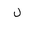
Letter: _lam